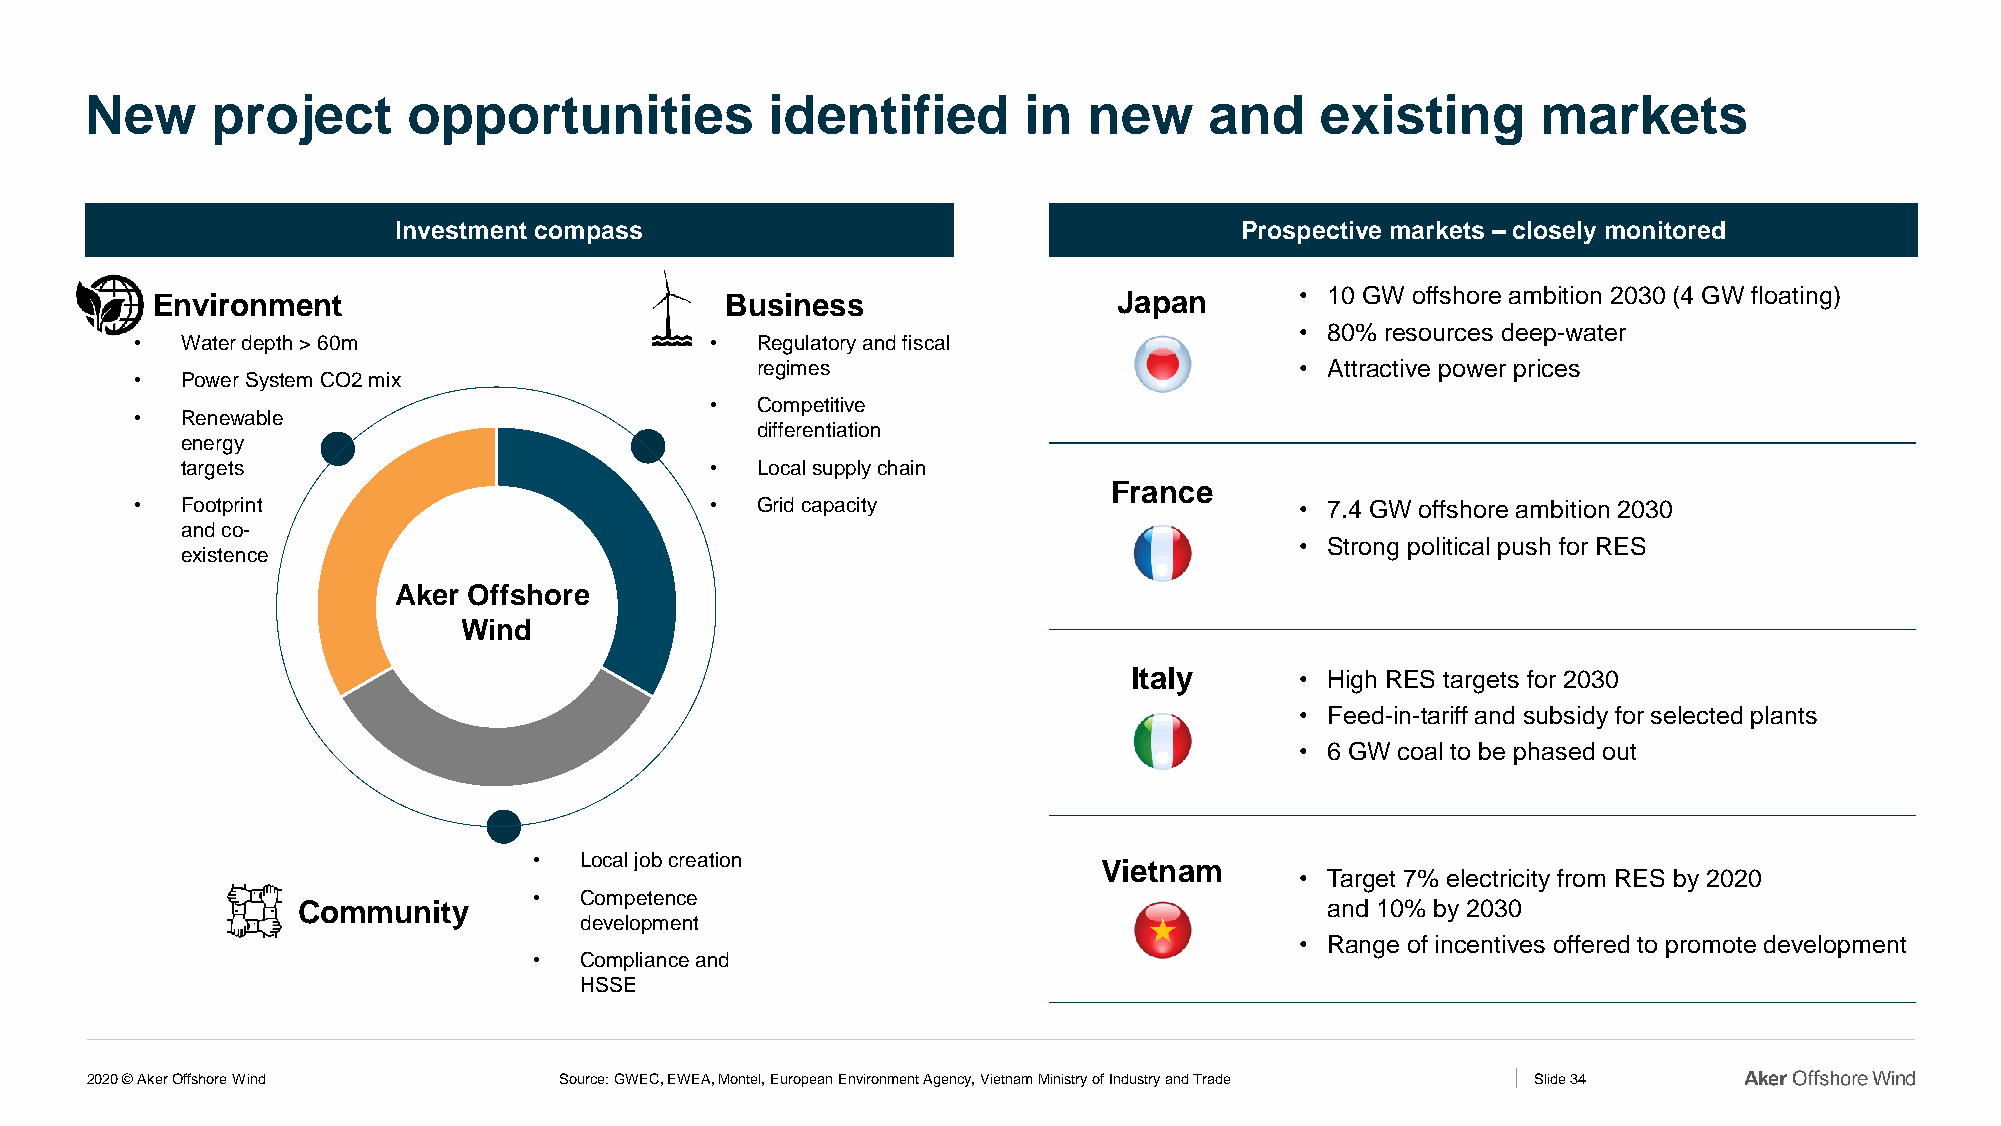
New     project      opportunities           identified       in  new     and    existing       markets
 Investment compass                                      Prospective markets – closely monitored
 Environment                           Business                  Japan       • 10 GW offshore ambition 2030 (4 GW floating)
 • 80% resources deep-water
 •  Water depth > 60m                  •  Regulatory and fiscal
 regimes                             • Attractive power prices
 •  Power System CO2 mix
 •  Competitive
 •  Renewable
 differentiation
 energy
 targets                            •  Local supply chain
 France
 •  Footprint                          •  Grid capacity                       • 7.4 GW offshore ambition 2030
 and co-
 • Strong political push for RES
 existence
 Aker Offshore
 Wind
 Italy      • High RES targets for 2030
 • Feed-in-tariff and subsidy for selected plants
 • 6 GW coal to be phased out
 •  Local job creation                 Vietnam
 • Target 7% electricity from RES by 2020
 •  Competence
 Community                                                           and 10% by 2030
 development
 • Range of incentives offered to promote development
 •  Compliance and
 HSSE
 2020 © Aker Offshore Wind      Source: GWEC, EWEA, Montel, European Environment Agency, Vietnam Ministry of Industry and Trade Slide 34